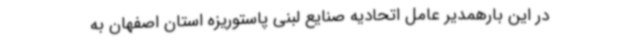
در این بارهمدیر عامل اتحادیه صنایع لبنی پاستوریزه استان اصفهان به